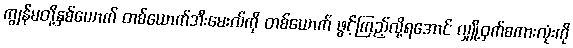
ကျွန်မတို့နှစ်ယောက် တစ်ယောက်အီးမေးလ်ကို တစ်ယောက် ဖွင့်ကြည့်လို့ရအောင် လျှို့ဝှက်စကားလုံးကို